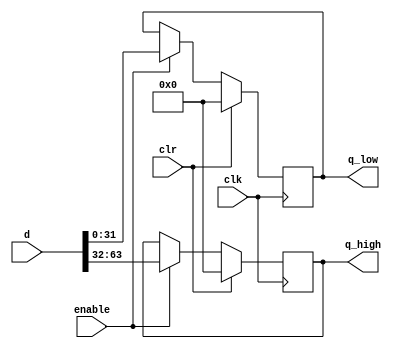
module register64(
	input wire clr, clk, enable,
	input wire [63:0] d,
	output reg [31:0] q_high,
	output reg [31:0] q_low
);

	always @ (posedge clk) begin
		if (clr) begin
			q_high <= 0;
			q_low <= 0;
		end
		else if (enable) begin
			q_high <= d[63:32];
			q_low <= d[31:0];
		end
	end
endmodule